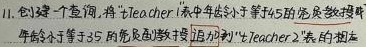
11. 创建一个查询, 将 "Teacher1" 表中年龄小于等于35的党员教授数据和年龄小于等于35的党员副教授数据追加到 "Teacher2" 表的相应位置。